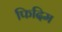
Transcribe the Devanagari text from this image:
फिदिम